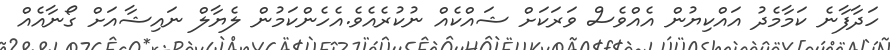
ހަދާފާނެ ކަމާމެދު އައްކިޔުން އެއްވެސް ވަރަކަށް ޝައްކެއް ނުކުރެއެވެ.އެހެންކަމުން ލެޔާލް ނައިޝާއަށް ގޯނާއެއް